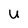
Character: U